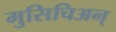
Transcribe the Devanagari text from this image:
मुसिचिअन्